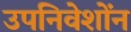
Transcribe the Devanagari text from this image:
उपनिवेशोंन